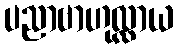
ပညာဗာဟုလ္လာယ